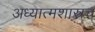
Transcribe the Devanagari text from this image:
अध्यात्मशास्त्रच